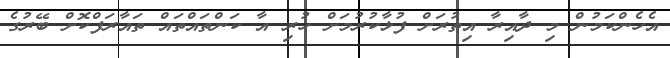
އެހެންކަމުން މި ދާއިރާ އިތުރަށް ފުޅާކުރުމަށް ހުރި އާ ކަންތައްތައް ތައާރަފްކޮށް ބޭރުގެ